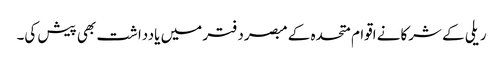
ریلی کے شرکانے اقوام متحدہ کے مبصردفتر میں یادداشت بھی پیش کی۔